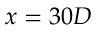
x = 3 0 D